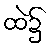
ထဲ၌